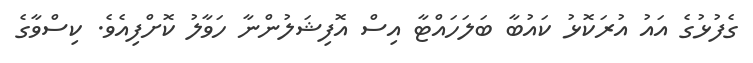
ގެފުޅުގެ އައު އުރަކޮޅު ކައުބާ ބަލަހައްޓާ އިސް އޮފިޝަލުންނާ ހަވާލު ކޮށްފިއެވެ. ކިސްވާގެ